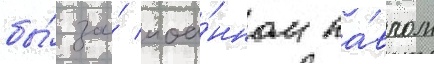
бы́ за́ иоа́нном па́влом